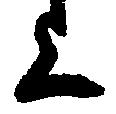
上